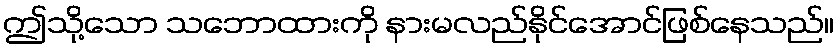
ဤသို့သော သဘောထားကို နားမလည်နိုင်အောင်ဖြစ်နေသည်။